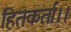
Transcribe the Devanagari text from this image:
हितकर्ता।।